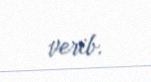
verib.